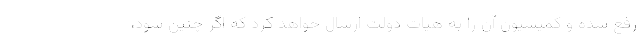
رفع شده و کمیسیون آن را به هیات دولت ارسال خواهد کرد که اگر چنین شود،